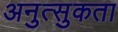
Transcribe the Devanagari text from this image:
अनुत्सुकता